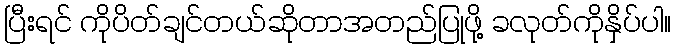
ပြီးရင် ကိုပိတ်ချင်တယ်ဆိုတာအတည်ပြုဖို့ ခလုတ်ကိုနှိပ်ပါ။